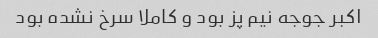
اکبر جوجه نیم پز بود و کاملا سرخ نشده بود